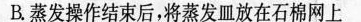
B蒸发操作结束后，将蒸发皿放在石棉网上